Leaving Certificate Examination, 1910
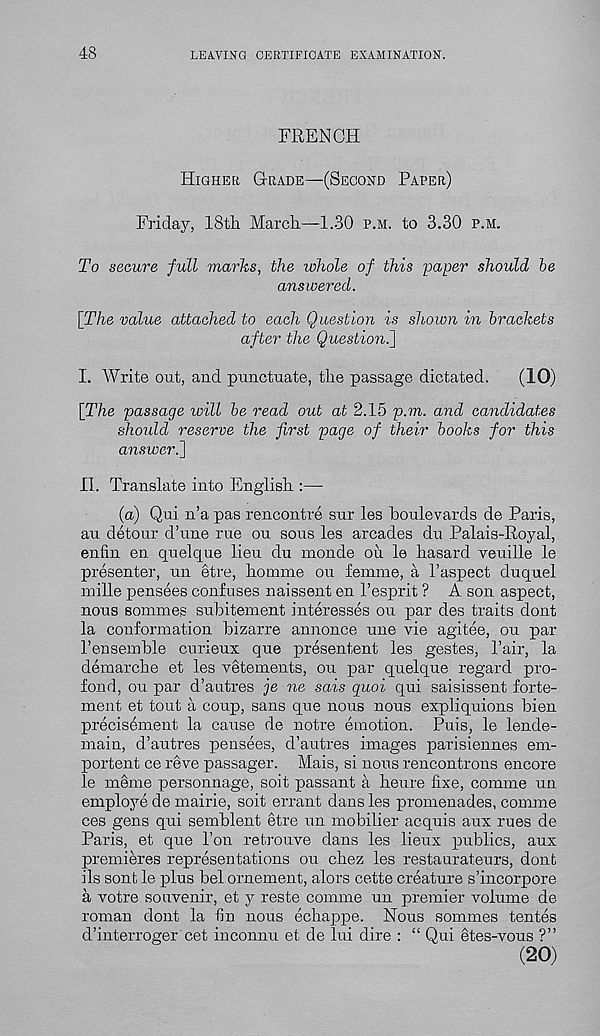
48
LEAVING CERTIFICATE EXAMINATION.
FRENCH
Higher Grade—(Second Paper)
Friday, 18th March—1.30 p.m. to 3.30 p.m.
To secure full marks, the whole of this paper should he
answered.
[The value attached to each Question is shown in brackets
after the Question.]
I. AVrite out, and punctuate, the passage dictated.
(10)
[The passage will be read out at 2.15 p.m. and candidates
should reserve the first page of their books for this
answer.]
II. Translate into English :—
(a) Qui n’a pas rencontre sur les boulevards de Paris,
au detour d’une rue ou sous les arcades du Palais-Royal,
enfin en quelque lieu du monde ou le hasard veuille le
presenter, un etre, homme ou femme, a I’aspect duquel
mille pensees confuses naissent en I’esprit ? A son aspect,
nous sommes subitement interesses ou par des traits dont
la conformation bizarre annonce une vie agitee, ou par
I’ensemble curieux que presentment les gestes, Pair, la
demarche et les vetements, ou par quelque regard pro-
fond, ou par d’autres je ne sais quoi qui saisissent forte-
ment et tout a coup, sans que nous nous expliquions bien
precisdment la cause de notre emotion. Puis, le lende-
main, d’autres pensees, d’autres images parisiennes em-
portent ce reve passager. Mais, si nous rencontrons encore
le meme personnage, soit passant a heure fixe, comine un
employe de mairie, soit errant dans les promenades, comme
ces gens qui semblent etre un mobilier acquis aux rues de
Paris, et que Ton retrouve dans les lieux publics, aux
premieres representations ou chez les restaurateurs, dont
ils sont le plus bel ornement, alors cette creature s’incorpore
a votre souvenir, et y reste comme un premier volume de
roman dont la fin nous echappe. Nous sommes tentes
d’interroger cet inconnu et de lui dire : “ Qui etes-vous ?”
(20)